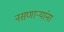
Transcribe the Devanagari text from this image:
नसणाऱ्यांना